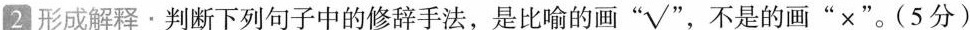
2 形成解释﹒判断下列句子中的修辞手法，是比喻的画”√“，不是的画”×“。(5分)